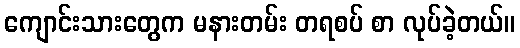
ကျောင်းသားတွေက မနားတမ်း တရစပ် စာ လုပ်ခဲ့တယ်။